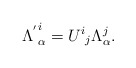
\begin{align*}{\Lambda^{'}}^{i}_{\alpha}={U^{i}}_{j}\Lambda^{j}_{\alpha}.\end{align*}